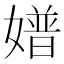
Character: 𡡝